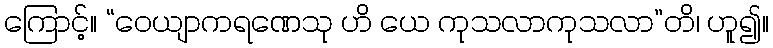
ကြောင့်။ “ဝေယျာကရဏေသု ဟိ ယေ ကုသလာကုသလာ”တိ၊ ဟူ၍။